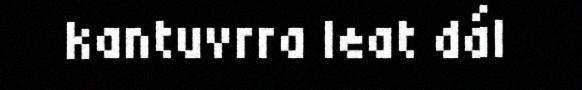
kantuvrra leat dál